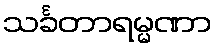
သင်္ခတာရမ္မဏာ